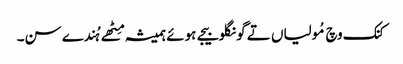
کنک وچ مُولیاں تے گونگلو بیجے ہوئے ہمیشہ مِٹھے ہُندے سن۔